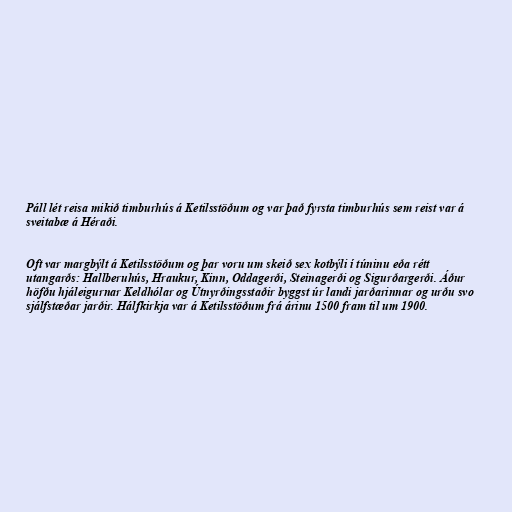
Páll lét reisa mikið timburhús á Ketilsstöðum og var það fyrsta timburhús sem reist var á
sveitabæ á Héraði.

Oft var margbýlt á Ketilsstöðum og þar voru um skeið sex kotbýli í túninu eða rétt
utangarðs: Hallberuhús, Hraukur, Kinn, Oddagerði, Steinagerði og Sigurðargerði. Áður
höfðu hjáleigurnar Keldhólar og Útnyrðingsstaðir byggst úr landi jarðarinnar og urðu svo
sjálfstæðar jarðir. Hálfkirkja var á Ketilsstöðum frá árinu 1500 fram til um 1900.